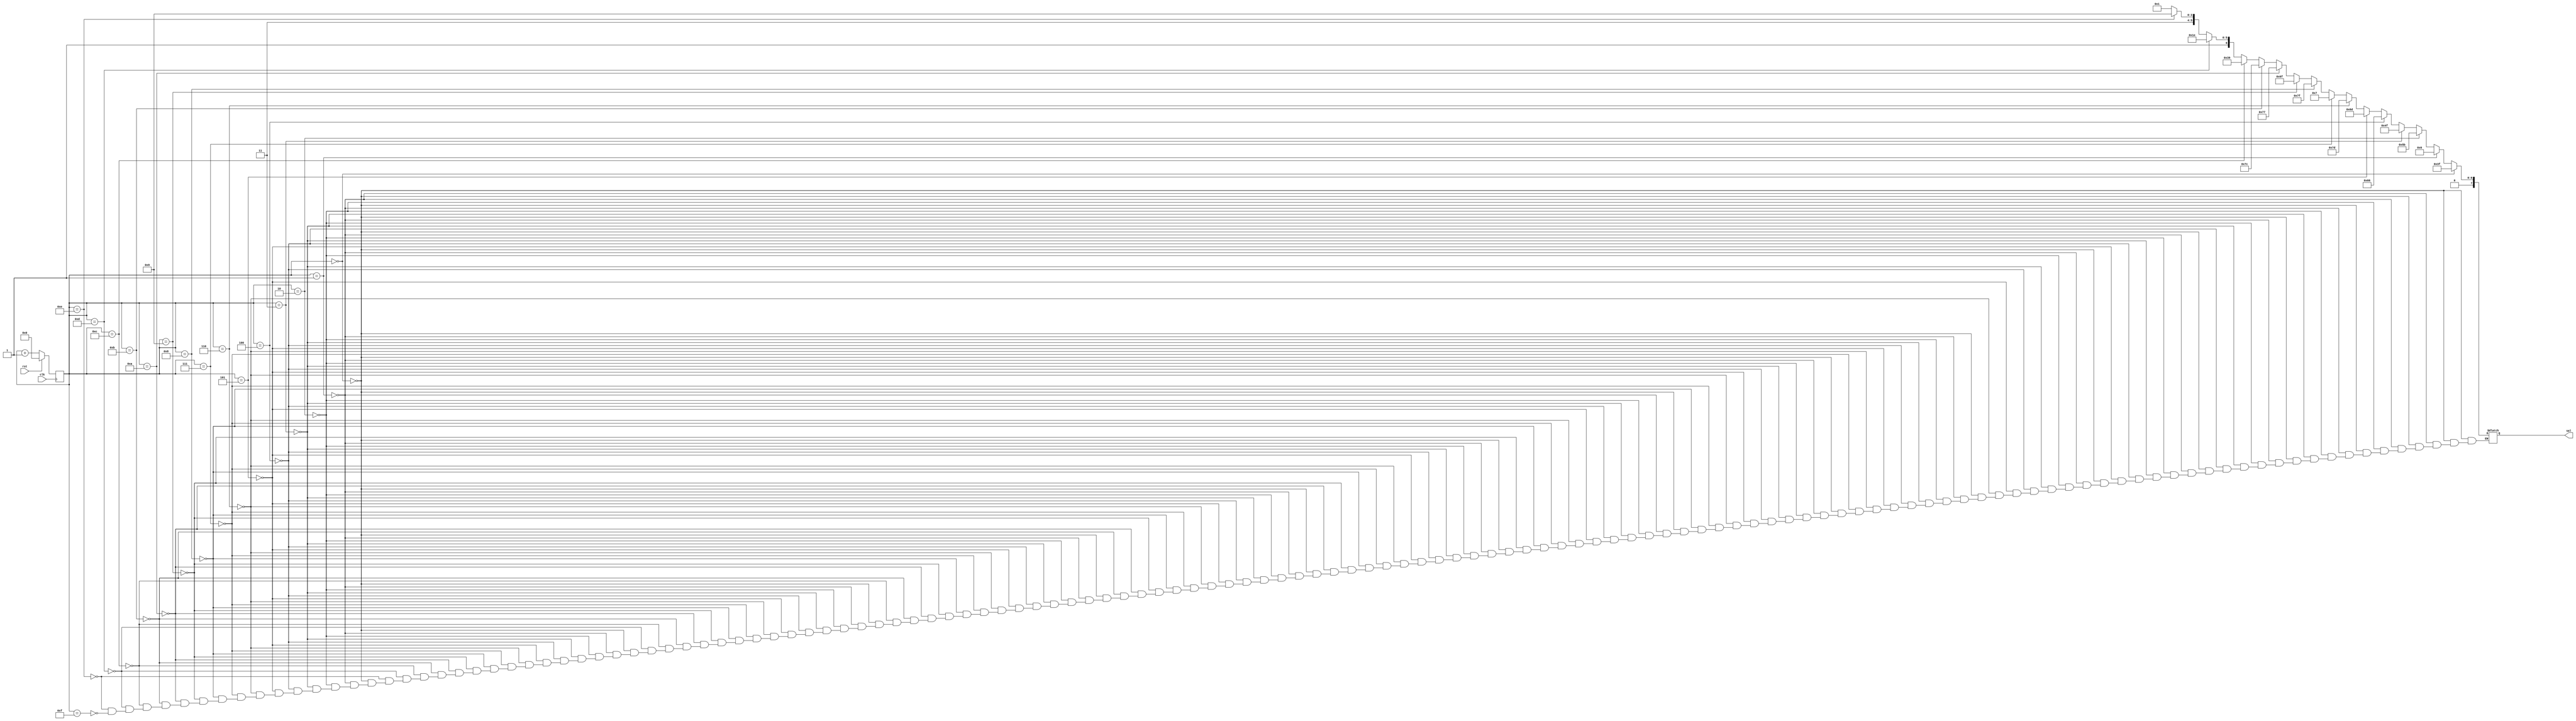
//Module
module Cont4b (clk,rst,sal);

//Puertos
//sentido reg? tamao nombre;
input 					 clk,rst;
output 	 reg 	[7:0]	 sal;
//registros
			 reg 	[3:0]	 mem;

//Asignaciones
always@(posedge clk)
begin
	if(rst==0)
	begin
		mem=mem+1;
	end
	else
	begin
		mem=4'b0000;
	end
end

always@(mem)
begin
	if(mem==0)
		begin
			//	 8'b.gfedcba
			sal=8'b00111111; 
	end
	else if(mem==1)
		begin
			//	 8'b.gfedcba
			sal=8'b00000110; 
		end	
	else if(mem==2)
		begin
			//	 8'b.gfedcba
			sal=8'b01011011; 
		end
	else if(mem==3)
		begin
			//	 8'b.gfedcba
			sal=8'b01001111; 
		end
	else if(mem==4)
		begin
			//	 8'b.gfedcba
			sal=8'b01100110; 
		end
	else if(mem==5)
		begin
			//	 8'b.gfedcba
			sal=8'b01101101; 
		end
	else if(mem==6)
		begin
			//	 8'b.gfedcba
			sal=8'b01111101; 
		end
	else if(mem==7)
		begin
			//	 8'b.gfedcba
			sal=8'b00000111; 
		end
	else if(mem==8)
		begin
			//	 8'b.gfedcba
			sal=8'b01111111; 
		end
	else if(mem==9)
		begin
			//	 8'b.gfedcba
			sal=8'b01101111; 
		end
	else if(mem==10)
		begin
			//	 8'b.gfedcba
			sal=8'b01110111; 
		end
	else if(mem==11)
		begin
			//	 8'b.gfedcba
			sal=8'b01111100; 
		end
	else if(mem==12)
		begin
			//	 8'b.gfedcba
			sal=8'b00111001; 
		end
	else if(mem==13)
		begin
			//	 8'b.gfedcba
			sal=8'b01011110; 
		end
	else if(mem==14)
		begin
			//	 8'b.gfedcba
			sal=8'b01111001; 
		end
	else if(mem==15)
		begin
			//	 8'b.gfedcba
			sal=8'b01110001; 
		end
end
endmodule